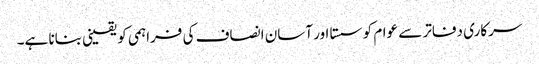
سرکاری دفاتر سے عوام کو سستا اور آسان انصاف کی فراہمی کو یقینی بنانا ہے۔